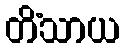
တိံသာယ